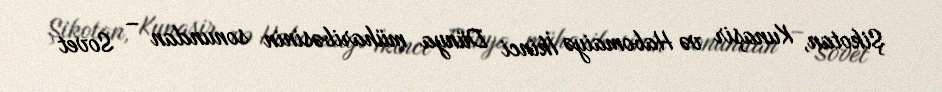
Şikotan, Kunaşir və Habomaiyə İkinci Dünya müharibəsinin sonundan – Sovet